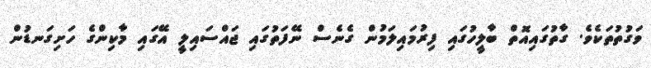
ވަގުތުތަކެވެ. ގާތުގައިއޮތް ބާލީހުގައި ފިރުމައިލަމުން ގެނެސް ނޭފަތުގައި ޖައްސައިލީ އޭގައި މާކިންގެ ހަށިގަނޑުން